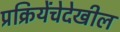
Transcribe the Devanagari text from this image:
प्रक्रियेंचेदेखील